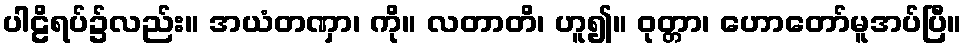
ပါဠိရပ်၌လည်း။ အယံတဏှာ၊ ကို။ လတာတိ၊ ဟူ၍။ ဝုတ္တာ၊ ဟောတော်မူအပ်ပြီ။